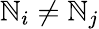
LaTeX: \mathbb{N}_{i}\neq\mathbb{N}_{j}